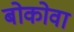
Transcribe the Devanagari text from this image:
बोकोवा